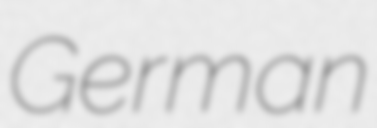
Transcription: German